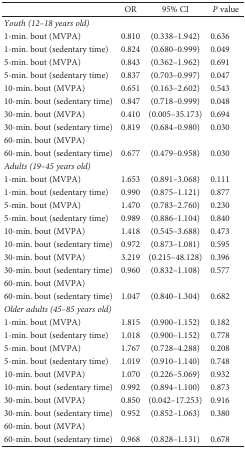
<table><thead><tr><td></td><td><b>OR</b></td><td><b>95% CI</b></td><td colspan="2"><b><i>P</i> value</b></td></tr></thead><tbody><tr><td colspan="4"><i>Youth (12–18 years old)</i></td></tr><tr><td>1-min. bout (MVPA)</td><td>0.810</td><td>(0.338–1.942)</td><td>0.636</td></tr><tr><td>1-min. bout (sedentary time)</td><td>0.824</td><td>(0.680–0.999)</td><td>0.049</td></tr><tr><td>5-min. bout (MVPA)</td><td>0.843</td><td>(0.362–1.962)</td><td>0.691</td></tr><tr><td>5-min. bout (sedentary time)</td><td>0.837</td><td>(0.703–0.997)</td><td>0.047</td></tr><tr><td>10-min. bout (MVPA)</td><td>0.651</td><td>(0.163–2.602)</td><td>0.543</td></tr><tr><td>10-min. bout (sedentary time)</td><td>0.847</td><td>(0.718–0.999)</td><td>0.048</td></tr><tr><td>30-min. bout (MVPA)</td><td>0.410</td><td>(0.005–35.173)</td><td>0.694</td></tr><tr><td>30-min. bout (sedentary time)</td><td>0.819</td><td>(0.684–0.980)</td><td>0.030</td></tr><tr><td>60-min. bout (MVPA)</td><td></td><td></td><td></td></tr><tr><td>60-min. bout (sedentary time)</td><td>0.677</td><td>(0.479–0.958)</td><td>0.030</td></tr><tr><td colspan="4"><i>Adults (19–45 years old)</i></td></tr><tr><td>1-min. bout (MVPA)</td><td>1.653</td><td>(0.891–3.068)</td><td>0.111</td></tr><tr><td>1-min. bout (sedentary time)</td><td>0.990</td><td>(0.875–1.121)</td><td>0.877</td></tr><tr><td>5-min. bout (MVPA)</td><td>1.470</td><td>(0.783–2.760)</td><td>0.230</td></tr><tr><td>5-min. bout (sedentary time)</td><td>0.989</td><td>(0.886–1.104)</td><td>0.840</td></tr><tr><td>10-min. bout (MVPA)</td><td>1.418</td><td>(0.545–3.688)</td><td>0.473</td></tr><tr><td>10-min. bout (sedentary time)</td><td>0.972</td><td>(0.873–1.081)</td><td>0.595</td></tr><tr><td>30-min. bout (MVPA)</td><td>3.219</td><td>(0.215–48.128)</td><td>0.396</td></tr><tr><td>30-min. bout (sedentary time)</td><td>0.960</td><td>(0.832–1.108)</td><td>0.577</td></tr><tr><td>60-min. bout (MVPA)</td><td></td><td></td><td></td></tr><tr><td>60-min. bout (sedentary time)</td><td>1.047</td><td>(0.840–1.304)</td><td>0.682</td></tr><tr><td colspan="4"><i>Older adults (45–85 years old)</i></td></tr><tr><td>1-min. bout (MVPA)</td><td>1.815</td><td>(0.900–1.152)</td><td>0.182</td></tr><tr><td>1-min. bout (sedentary time)</td><td>1.018</td><td>(0.900–1.152)</td><td>0.778</td></tr><tr><td>5-min. bout (MVPA)</td><td>1.767</td><td>(0.728–4.288)</td><td>0.208</td></tr><tr><td>5-min. bout (sedentary time)</td><td>1.019</td><td>(0.910–1.140)</td><td>0.748</td></tr><tr><td>10-min. bout (MVPA)</td><td>1.070</td><td>(0.226–5.069)</td><td>0.932</td></tr><tr><td>10-min. bout (sedentary time)</td><td>0.992</td><td>(0.894–1.100)</td><td>0.873</td></tr><tr><td>30-min. bout (MVPA)</td><td>0.850</td><td>(0.042–17.253)</td><td>0.916</td></tr><tr><td>30-min. bout (sedentary time)</td><td>0.952</td><td>(0.852–1.063)</td><td>0.380</td></tr><tr><td>60-min. bout (MVPA)</td><td></td><td></td><td></td></tr><tr><td>60-min. bout (sedentary time)</td><td>0.968</td><td>(0.828–1.131)</td><td>0.678</td></tr></tbody></table>